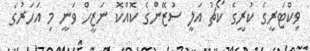
ވިކްޓަރީގެ ކުރީގެ ކޯޗު އަލީ ސުޒޭންގެ ކޮއްކޮ ނަޒީހް ވަނީ މި އަހަރުގެ